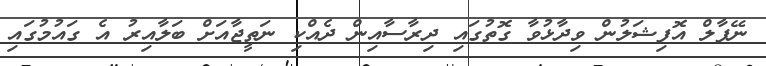
ނޭޕާލް އޮފިޝަލުން ވިދާޅުވާ ގޮތުގައި ދިރާސާއިން ދެއްކި ނަތީޖާއަށް ބަލާއިރު އެ ގައުމުގައި